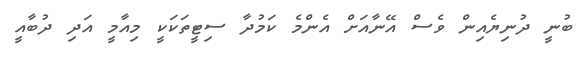
ބުނީ ދުނިޔެއިން ވެސް އޭނާއަށް އެންމެ ކަމުދާ ސިޓީތަކަކީ މިއާމީ އަދި ދުބާއީ